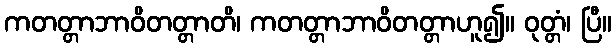
ကတတ္တာဘာဝိတတ္တာတိ၊ ကတတ္တာဘာဝိတတ္တာဟူ၍။ ဝုတ္တံ၊ ပြီ။